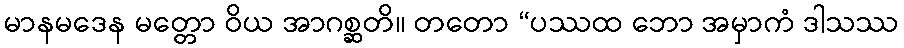
မာနမဒေန မတ္တော ဝိယ အာဂစ္ဆတိ။ တတော “ပဿထ ဘော အမှာကံ ဒါသဿ